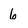
Character: 6